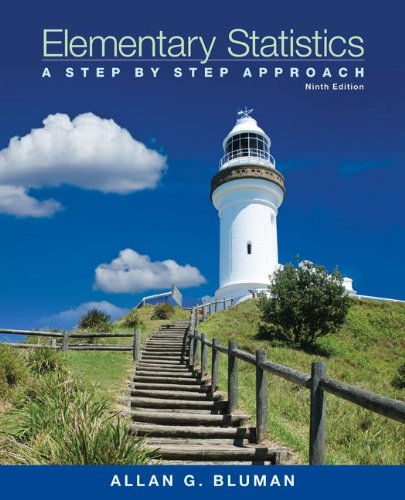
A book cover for Elementary Statistics: A Step-by-Step Approach with Formula Card; Allan Bluman; Science & Math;